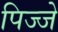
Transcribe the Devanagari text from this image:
पिज्जे